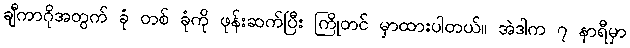
ချီကာဂိုအတွက် ခုံ တစ် ခုံကို ဖုန်းဆက်ပြီး ကြိုတင် မှာထားပါတယ်။ အဲဒါက ၇ နာရီမှာ